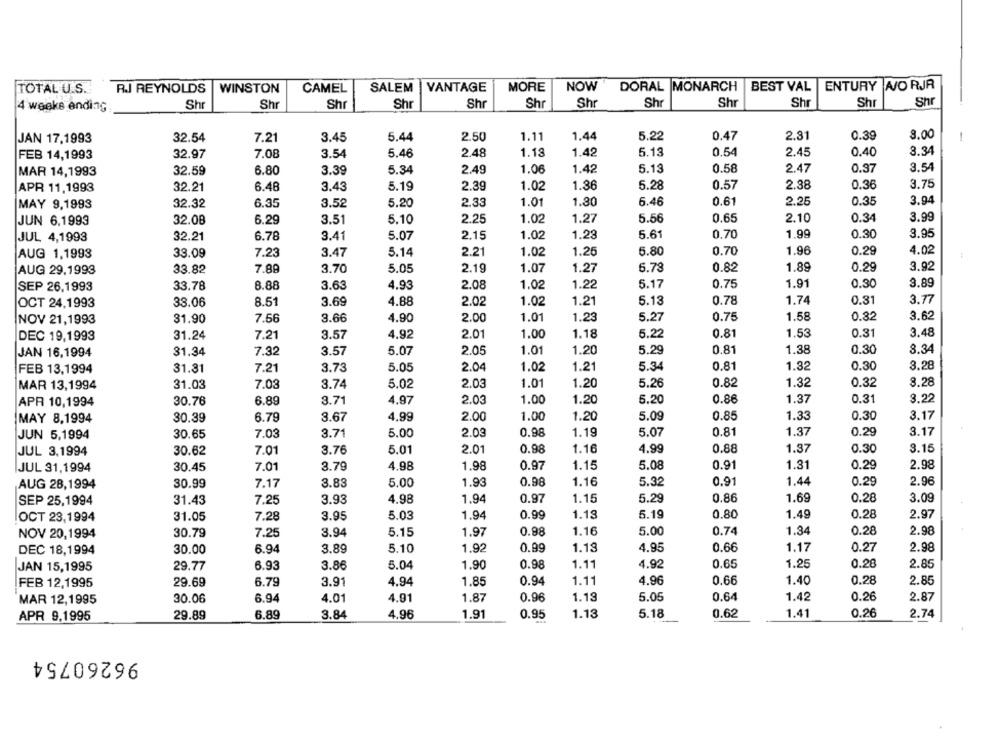
TOTAL U.S.
R.J REYNOLDS
WINSTON
CAMEL
SALEM
VANTAGE
MORE
NOW
DORAL MONARCH
BEST VAL
ENTURY A/ORJR
Shr
Shr
Shr
Shr
Shr
Sh
Shr
Sh
Sh
4 weeks ending
Shr
Sh
Shr
JAN 17,1993
32.54
7.21
3.45
5.44
2.50
1.11
1,44
5.22
0.47
2.31
0.39
8.00
FEB 14,1993
32.97
7.08
3.54
5.46
2.48
1.13
1.42
5.13
0.54
2.45
0.40
3.34
32.59
6.80
3.39
5.34
2.49
1.06
1.42
5.13
0.58
2.47
0.97
3.54
MAR 14,1993
5.19
2.39
1.02
1.36
5.28
0.57
2.38
0.36
3.75
APR 11,1993
32.21
6.48
3.43
0.61
2.25
0.35
3.94
MAY 9,1993
32.32
6.35
3.52
5.20
2.33
1.01
1.30
6.46
JUN 6,1993
32.08
6.29
3.51
5.10
2.25
1.02
1.27
5.56
0.65
2.10
0.34
3.99
JUL 4,1993
32.21
6.78
3.41
5.07
2.15
1.02
1.23
5.61
0.70
1.99
0.30
3.95
7.23
3.47
5.14
2.21
1.02
1.25
5.80
0.70
1.96
0.29
4.02
AUG 1,1993
33.09
5.05
2.19
1.07
6.78
0.82
1.89
0.29
3.92
AUG 29,1993
33.82
7.89
3.70
1.27
1.91
0.30
3.89
SEP 26.1993
33.78
8.88
3.63
4.93
2.08
1.02
1.22
5.17
0.75
OCT 24,1993
38.06
8.51
3.69
4.88
2.02
1.02
1.21
5.13
0.78
1.74
0.31
3.77
NOV 21,1993
31.90
7.66
3.66
4.90
2.00
1.01
1.23
5.27
0.75
1.58
0.32
3.62
2.01
1.00
1.18
5.22
0.81
1.53
0.31
3.48
DEC 19,1993
31.24
7.21
3.57
4.92
1.38
0.30
JAN 16,1994
31.34
7.32
3.57
5.07
2.05
1.01
1.20
5.29
0.81
8.34
FEB 13,1994
31.31
7.21
3.73
5.05
2.04
1.02
1.21
5.34
0.81
1.32
0.30
3.28
MAR 13,1994
31.03
7.03
3.74
5.02
2.03
1.01
1.20
5.26
0.82
1.32
0.32
8.28
6.89
3.71
4.97
2.03
1.00
1.20
5.20
0.86
1.37
0.31
3.22
APR 10,1994
30.76
1.20
5.09
0.85
1.33
0.30
3.17
MAY 8,1994
30.39
6.79
3.67
4.99
2.00
1.00
1.37
0.29
3.17
JUN 5,1994
30.65
7.03
3.71
5.00
2.03
0.98
1.19
5.07
0.81
JUL 3,1994
30.62
7.01
3.76
5.01
2.01
0.98
1.16
4.99
0.88
1.37
0.30
3.15
JUL 31,1994
30.45
7.01
3.79
4.98
1.98
0.97
1.15
5.08
0.91
1.31
0.29
2.98
3.83
1.93
0.98
1.16
5.32
0.91
1.44
0.29
2.96
AUG 28,1994
30.99
7.17
5.00
0.86
0.28
3.09
SEP 25,1994
31.43
7.25
3.93
4.98
1.94
0.97
1.15
5.29
1.69
OCT 23,1994
31.05
7.28
3.95
5.03
1.94
0.99
1.18
5.19
0.80
1.49
0.28
2.97
NOV 20,1994
30.79
7.25
3.94
5.15
1.97
0.98
1.16
5.00
0.74
1.34
0.28
2.98
DEC 18,1994
30.00
6.94
3.89
5.10
1.92
0.99
1.13
4.95
0.66
1.17
0.27
2.98
5.04
1.90
0.98
1.11
4.92
0.65
1.25
0.28
2.85
JAN 15,1995
29.77
6.93
3.86
FEB 12,1995
29.69
6.79
3.91
4.94
1.85
0.94
1.11
4.96
0.66
1.40
0.28
2.85
MAR 12,1995
30.06
6.94
4.01
4.91
1.87
0.96
1.18
5.05
0.64
1.42
0.26
2.87
29.89
6.89
3.84
4.96
1.91
0.95
1.13
5.18
0.62
1.41
0.26
2.74
APR 9,1995
96260754